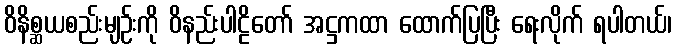
ဝိနိစ္ဆယစည်းမျဉ်းကို ဝိနည်းပါဠိတော် အဋ္ဌကထာ ထောက်ပြပြီး ရေးလိုက် ရပါတယ်၊